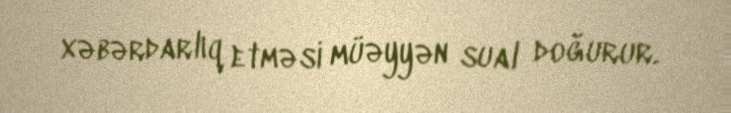
xəbərdarlıq etməsi müəyyən sual doğurur.